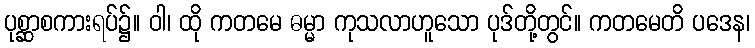
ပုစ္ဆာစကားရပ်၌။ ဝါ၊ ထို ကတမေ ဓမ္မာ ကုသလာဟူသော ပုဒ်တို့တွင်။ ကတမေတိ ပဒေန၊